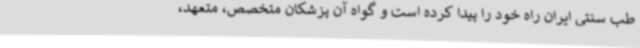
طب سنتی ایران راه خود را پیدا کرده است و گواه آن پزشکان متخصص، متعهد،